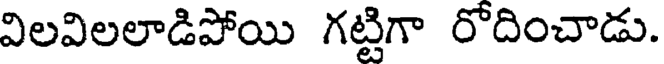
విలవిలలాడిపోయి గట్టిగా రోదించాడు.